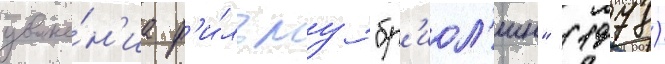
уваже́н'иа ф'и́льму "бр'иол'ин" (1978)